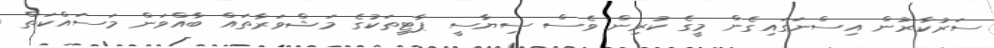
ސަރުކާރުން އިސްނަގައިގެން މީގެ ކުރިން ވެސް ސިޔާސީ ޕާޓީތަކުގެ މަޝްވަރާތައް ބާއްވަން މަސައްކަތް